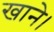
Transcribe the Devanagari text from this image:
खाने।